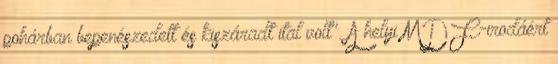
pohárban bepenészedett és kiszáradt ital volt". A helyi MDF-irodáért